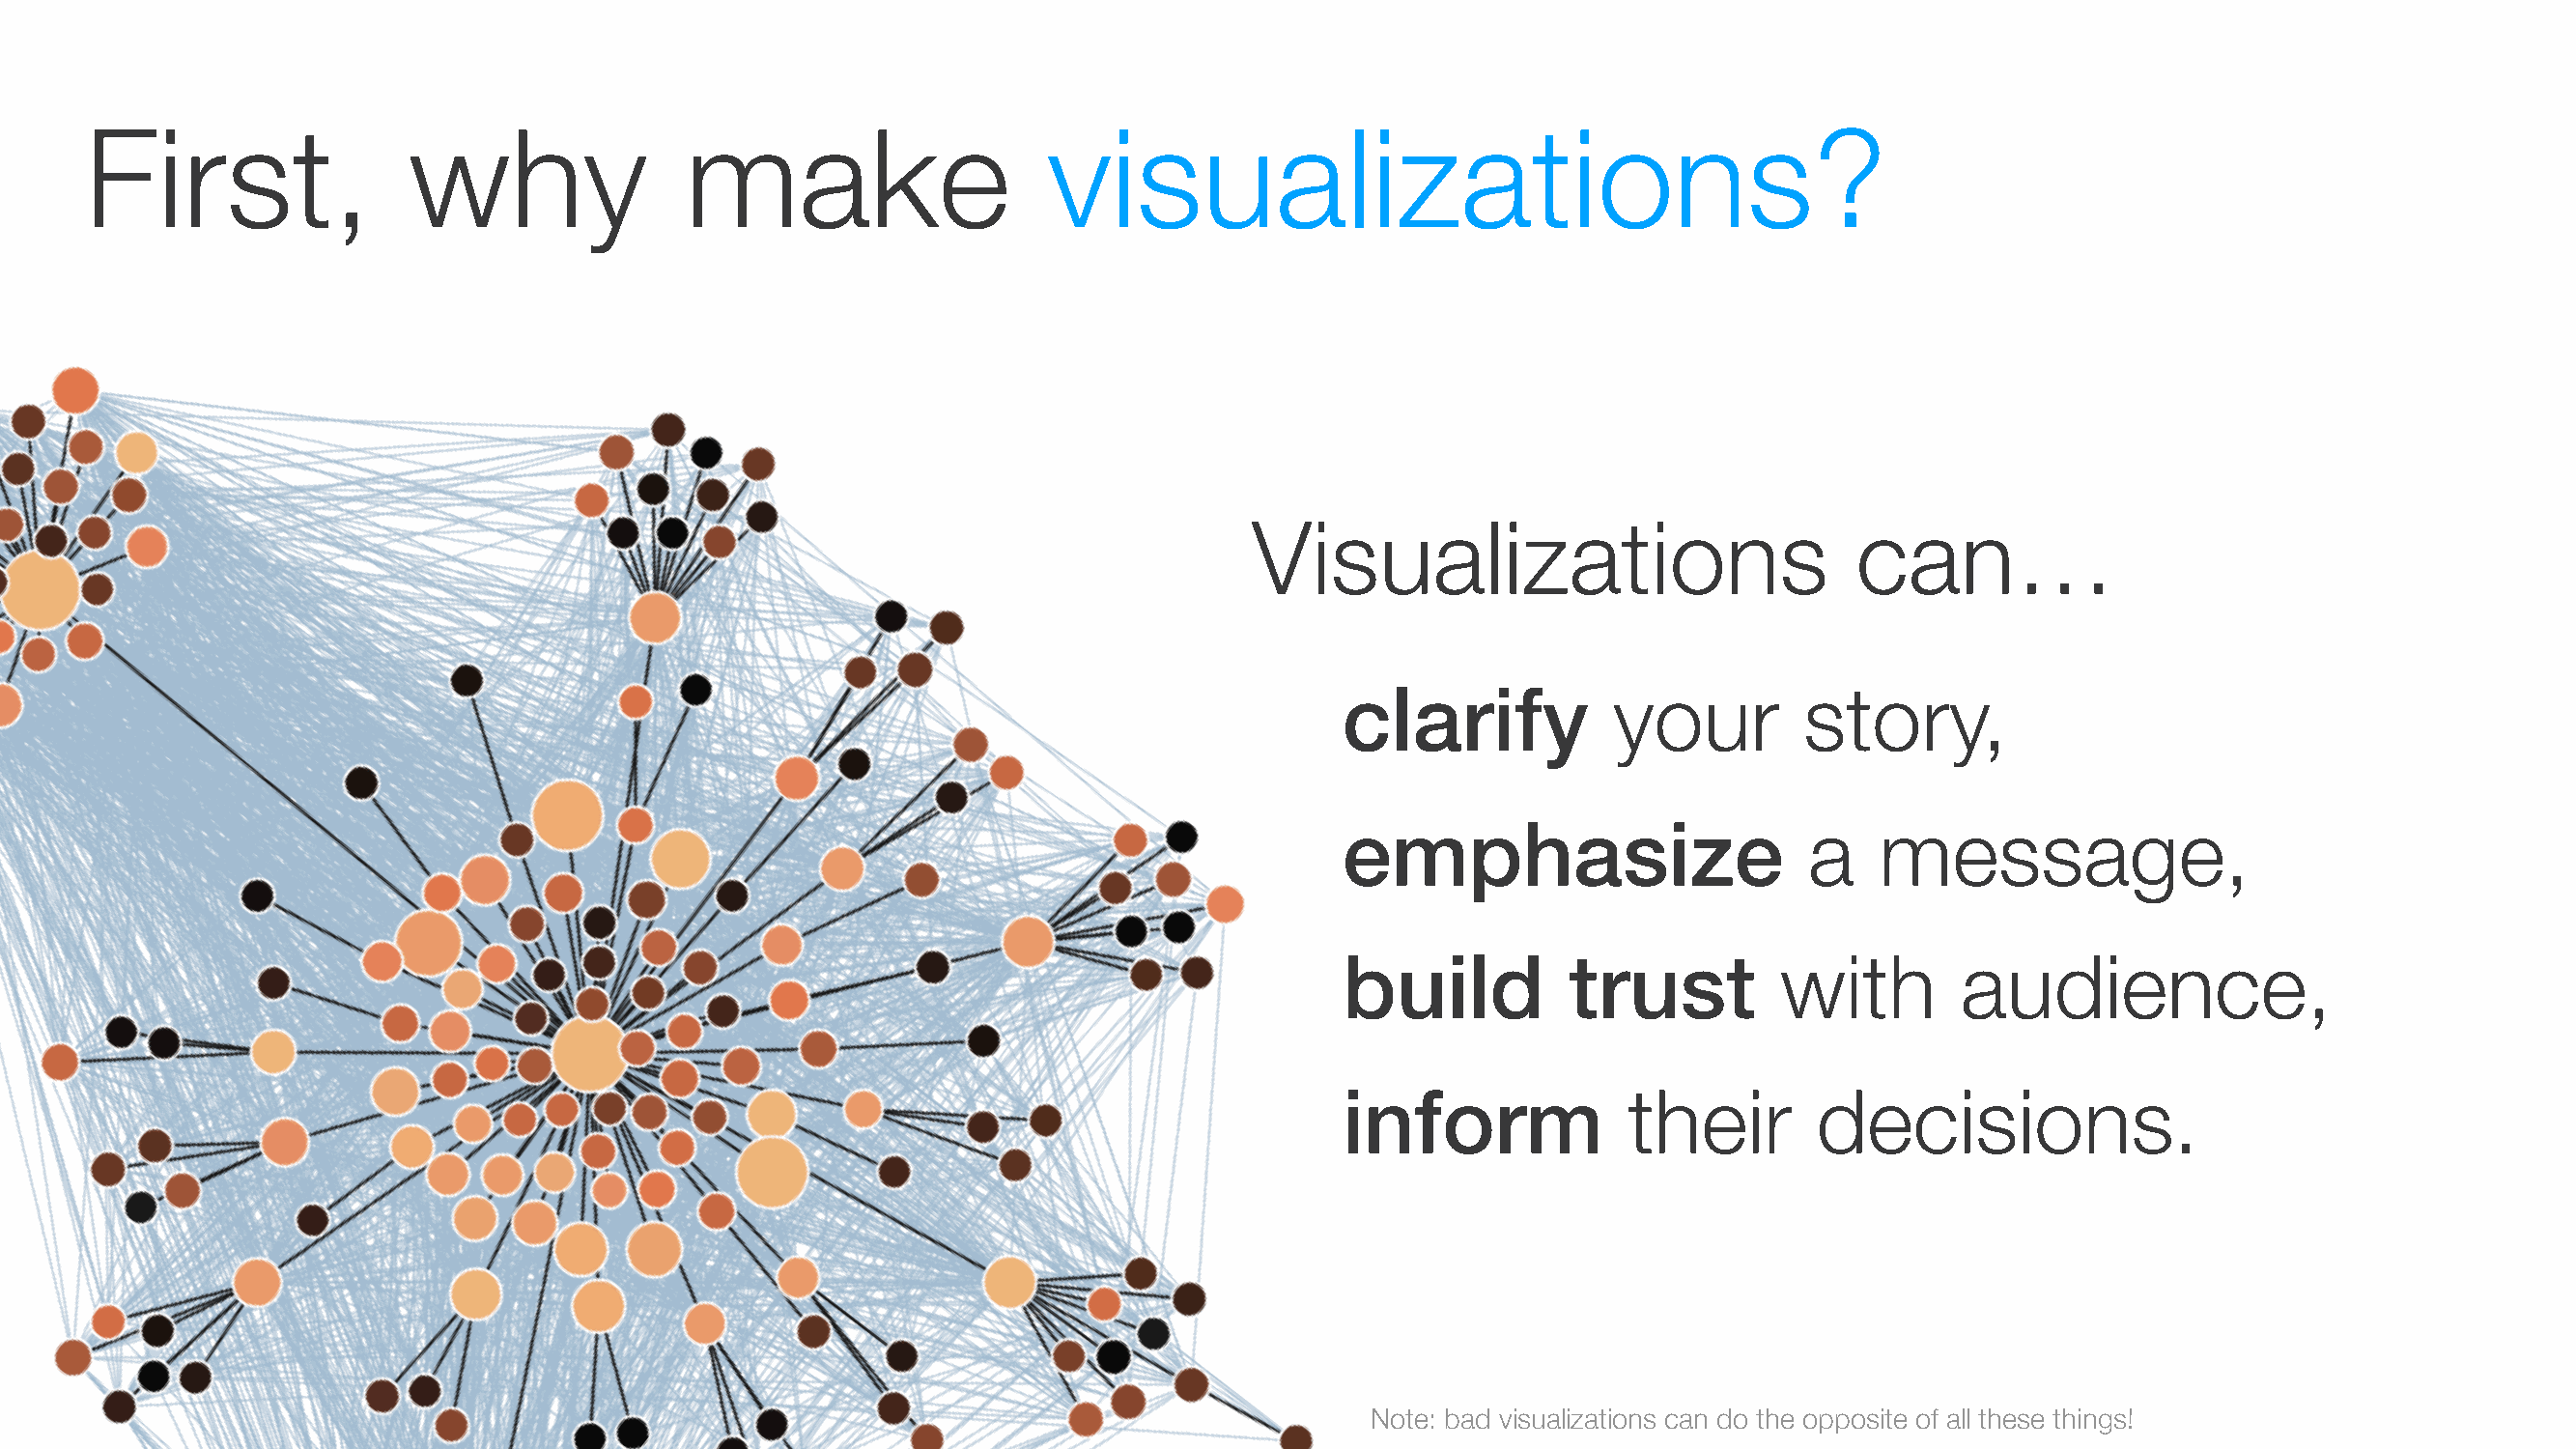
First,                why                make                     visualizations?
 Visualizations                           can…
 clarify            your         story,
 emphasize                       a    message,
 build           trust         with        audience,
 inform              their       decisions.
 Note: bad visualizations can do the opposite of all these things!